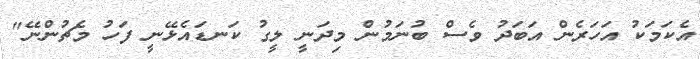
އެކަމަކު އަހަރެން އަބަދު ވެސް ބުނަމުން މިދަނީ ލީގު ކަނޑައެޅޭނީ ފަހު މެޗުންނޭ"